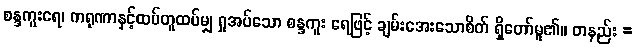
စန္ဒကူးရေ၊ ကရုဏာနှင့်ထပ်တူထပ်မျှ ရှုအပ်သော စန္ဒကူး ရေဖြင့် ချမ်းအေးသောစိတ် ရှိတော်မူ၏။ တနည်း =